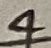
Text: 4